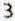
3